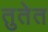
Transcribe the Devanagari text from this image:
तुतेत